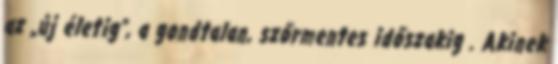
az „új életig”, a gondtalan, szőrmentes időszakig . Akinek